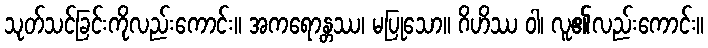
သုတ်သင်ခြင်းကိုလည်းကောင်း။ အကရောန္တဿ၊ မပြုသော။ ဂိဟိဿ ဝါ၊ လူ၏လည်းကောင်း။